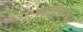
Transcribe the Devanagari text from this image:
कोमोडिटीज